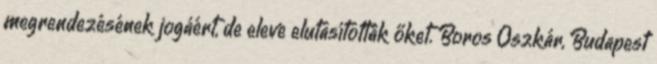
megrendezésének jogáért, de eleve elutasították őket. Boros Oszkár, Budapest